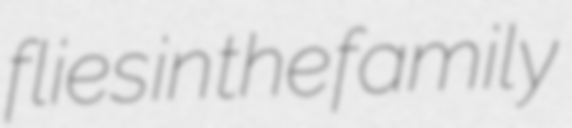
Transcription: flies in the family